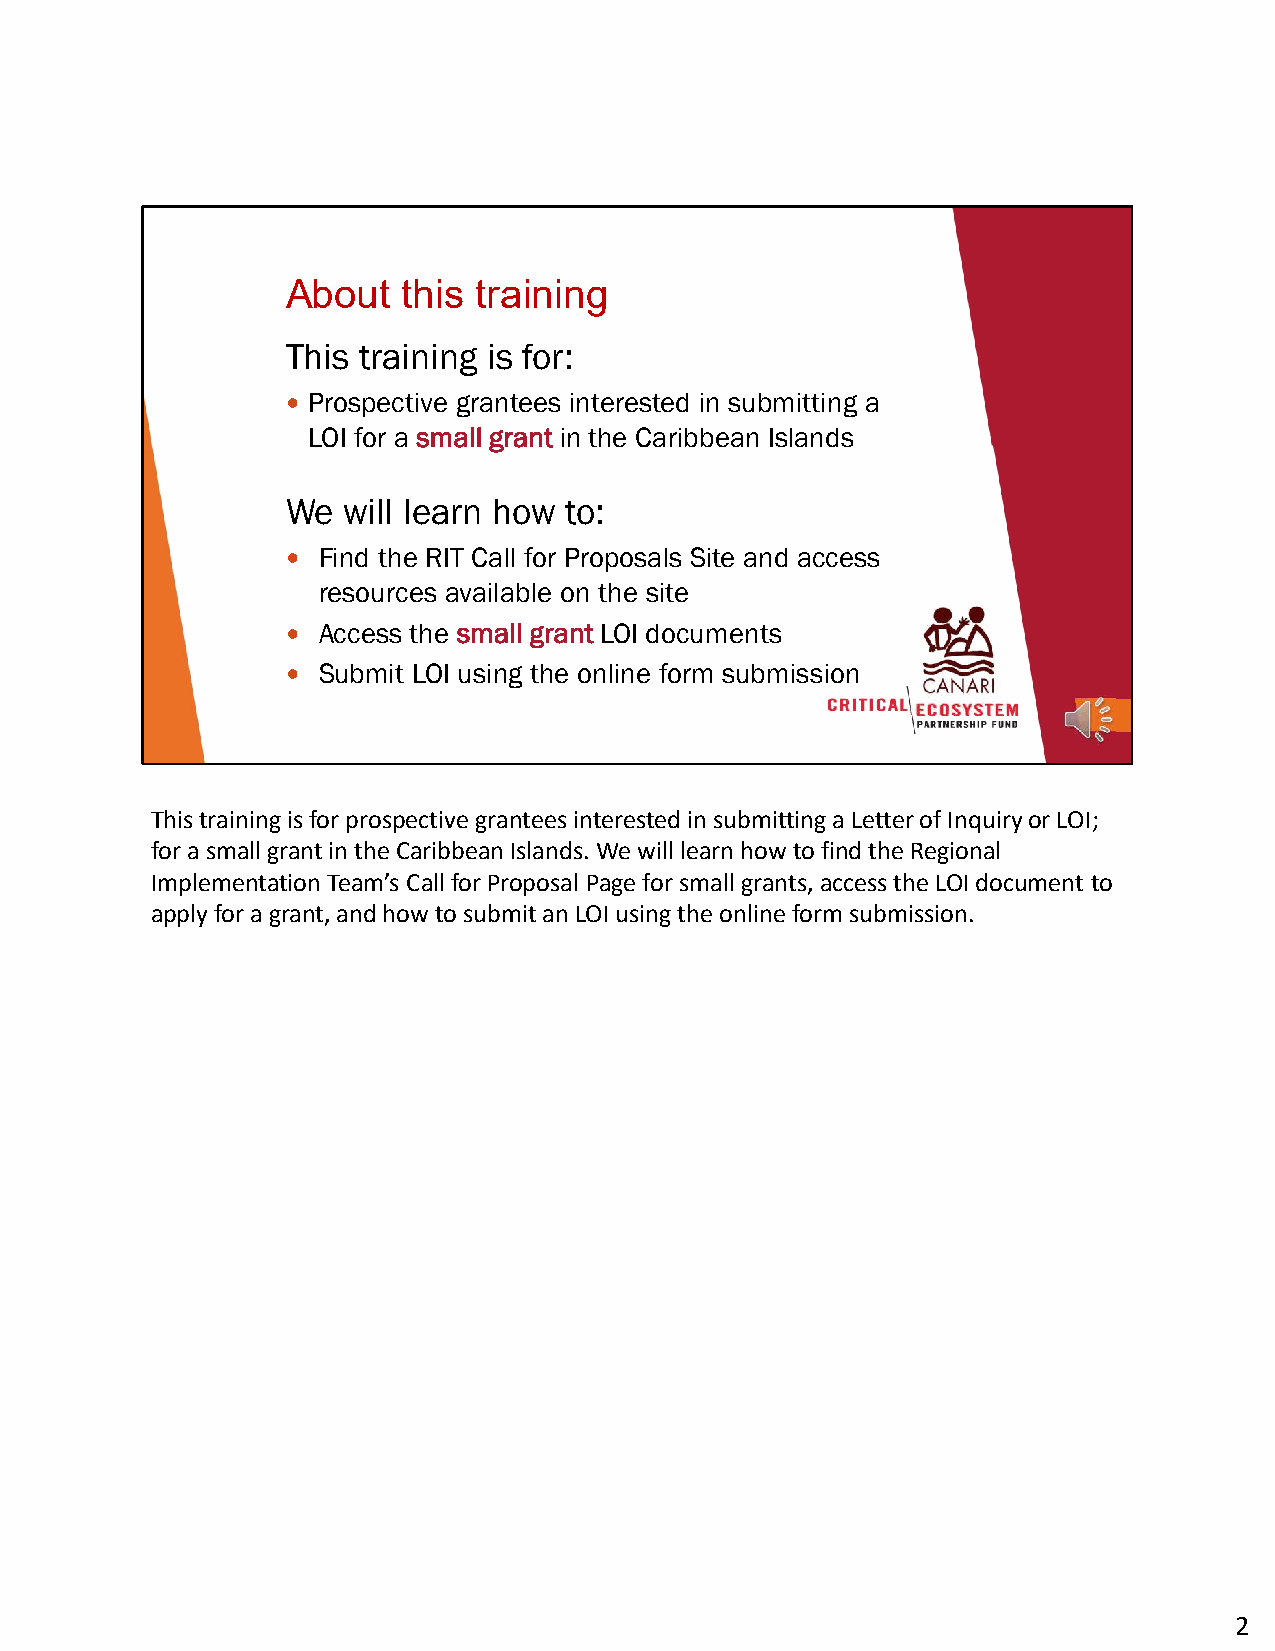
About   this training
 This training is for:
  Prospective grantees interested in submitting a
 LOI for a small grant in the Caribbean Islands
 We  will learn how to:
  Find the RIT Call for Proposals Site and access
 resources available on the site
  Access the small grant LOI documents
  Submit LOI using the online form submission
 This training is for prospective grantees interested in submitting a Letter of Inquiry or LOI;
 for a small grant in the Caribbean Islands. We will learn how to find the Regional
 Implementation Team’s Call for Proposal Page for small grants, access the LOI document to
 apply for a grant, and how to submit an LOI using the online form submission.
 2